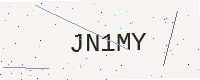
Text: JN1MY